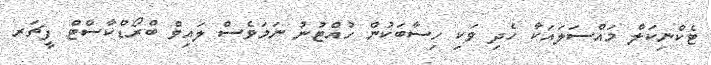
ޓެކްނިކަލް މައްސަލައަކާ ހެދި ވަކި ހިސާބަކުން ހުއްޓުނު ނަމަވެސް ލައިވް ބްރޯޑްކާސްޓް ފީޗަރ